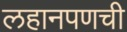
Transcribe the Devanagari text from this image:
लहानपणची